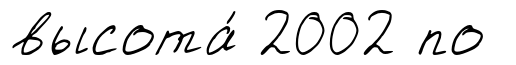
высота́ 2002 по